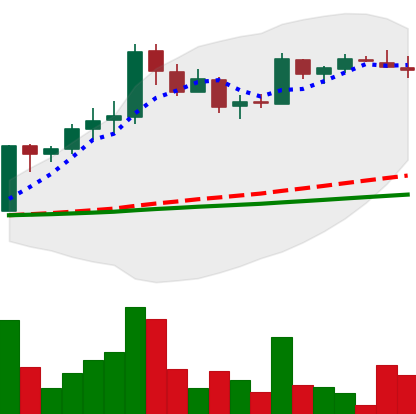
Ticker: LTC-USD
Chart end date: 2017-04-18
Forward return: 35.068%
Label: up_7plus